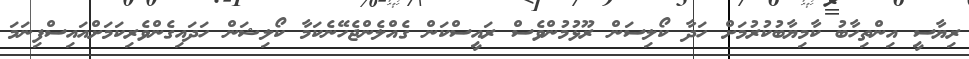
ރިޔާސީ އިންތިހާބު ކާމިޔާބުކުރުމަށް ހަދާ ކޯލިސަން ރޫޅުމުންވެސް ރައީސްކަން ގެއްލެންޖެހޭނެކަމާ ކޯލިޝަން ހަދައިގެންވެރިކަމަށްއައިސްފިނަމަ